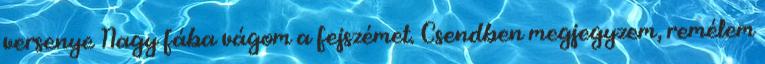
versenye Nagy fába vágom a fejszémet. Csendben megjegyzem, remélem